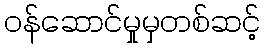
ဝန်ဆောင်မှုမှတစ်ဆင့်